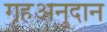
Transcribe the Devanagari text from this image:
गृहअनुदान